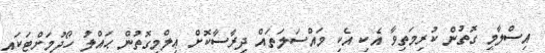
އިސްލާމީ ގޮތުން ކުރިމަތިވާ އެކި އެކި މައްސަލަތައް ދިރާސާކޮށް ޢިލްމީގޮތުން ޙައްލު ހޯދުމަށްޓަކައި